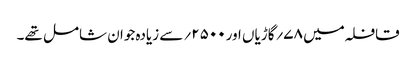
قافلہ میں ۷۸؍گاڑیاں اور۵۰۰ ۲؍سے زیادہ جوان شامل تھے۔